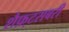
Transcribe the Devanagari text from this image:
शैफ़्टसबरी